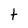
Character: t